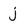
Character: j